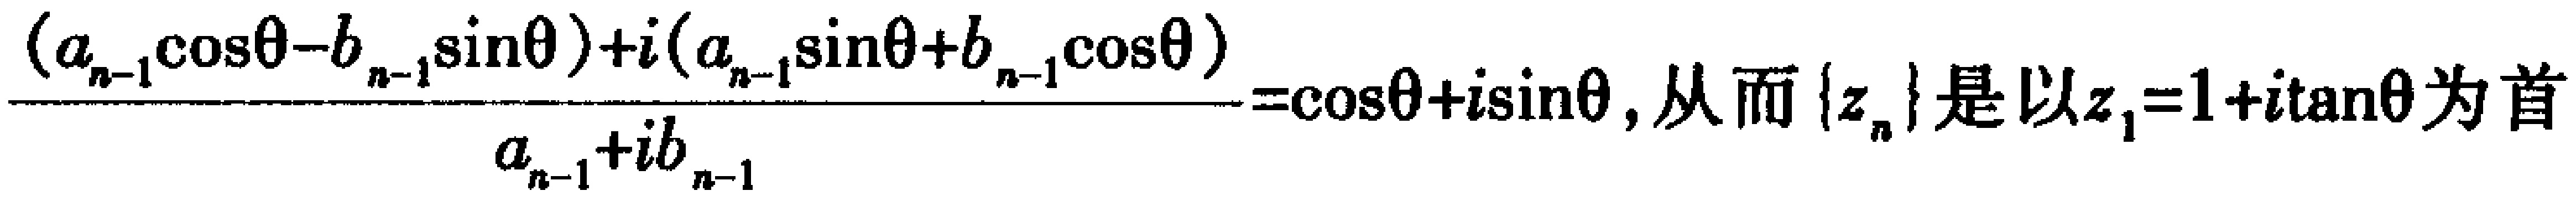
\(\frac{(a_{n - 1}\cos\theta - b_{n - 1}\sin\theta)+i(a_{n - 1}\sin\theta + b_{n - 1}\cos\theta)}{a_{n - 1}+ib_{n - 1}}=\cos\theta + i\sin\theta\), 从而 \(\{z_{n}\}\) 是以 \(z_{1}=1 + i\tan\theta\) 为首